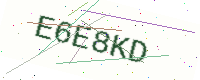
Text: E6E8KD